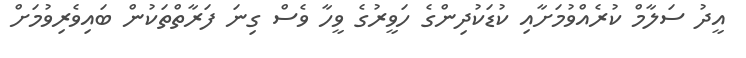
އީދު ސަލާމް ކުރެއްވުމަށާއި ކުޑަކުދިންގެ ހަވީރުގެ ވީހާ ވެސް ގިނަ ފަރާތްތަކުން ބައިވެރިވުމަށް